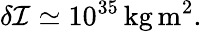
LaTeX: \delta\mathcal{I}\simeq 10^{35}\, \mathrm{kg\, m}^{2}.